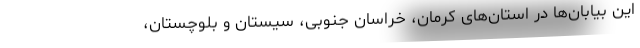
این بیابان‌ها در استان‌های کرمان، خراسان جنوبی، سیستان و بلوچستان،